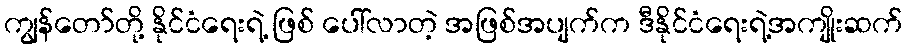
ကျွန်တော်တို့ နိုင်ငံရေးရဲ့ ဖြစ် ပေါ်လာတဲ့ အဖြစ်အပျက်က ဒီနိုင်ငံရေးရဲ့အကျိုးဆက်